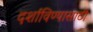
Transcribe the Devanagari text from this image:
दर्शाविण्यासाठी